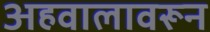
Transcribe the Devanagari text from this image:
अहवालावरून